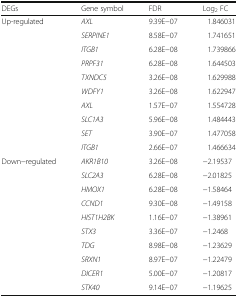
| DEGs | Gene symbol | FDR | Log2 FC |
 | --- | --- | --- | --- |
 | Up-regulated | AXL | 9.39E−07 | 1.846031 |
 |  | SERPINE1 | 8.58E−07 | 1.741651 |
 |  | ITGB1 | 6.28E−08 | 1.739866 |
 |  | PRPF31 | 6.28E−08 | 1.644503 |
 |  | TXNDC5 | 3.26E−08 | 1.629988 |
 |  | WDFY1 | 3.26E−08 | 1.622947 |
 |  | AXL | 1.57E−07 | 1.554728 |
 |  | SLC1A3 | 5.96E−08 | 1.484443 |
 |  | SET | 3.90E−07 | 1.477058 |
 |  | ITGB1 | 2.66E−07 | 1.466634 |
 | Down−regulated | AKR1B10 | 3.26E−08 | −2.19537 |
 |  | SLC2A3 | 6.28E−08 | −2.01825 |
 |  | HMOX1 | 6.28E−08 | −1.58464 |
 |  | CCND1 | 9.30E−08 | −1.49158 |
 |  | HIST1H2BK | 1.16E−07 | −1.38961 |
 |  | STX3 | 3.36E−07 | −1.2468 |
 |  | TDG | 8.98E−08 | −1.23629 |
 |  | SRXN1 | 8.97E−07 | −1.22479 |
 |  | DICER1 | 5.00E−07 | −1.20817 |
 |  | STK40 | 9.14E−07 | −1.19625 |